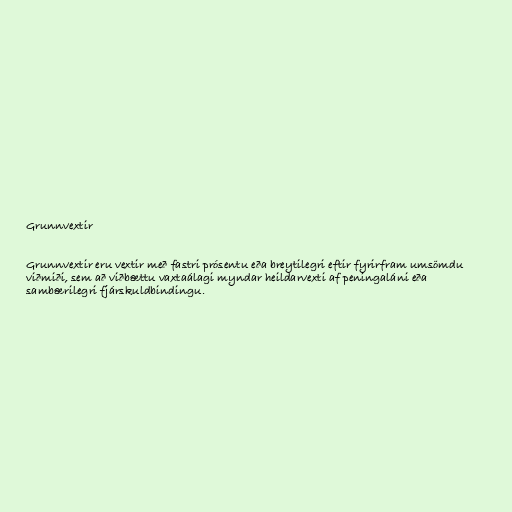
Grunnvextir

Grunnvextir eru vextir með fastri prósentu eða breytilegri eftir fyrirfram umsömdu
viðmiði, sem að viðbættu vaxtaálagi myndar heildarvexti af peningaláni eða
sambærilegri fjárskuldbindingu.